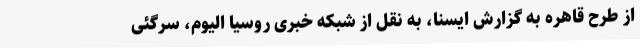
از طرح قاهره به گزارش ایسنا، به نقل از شبکه خبری روسیا الیوم، سرگئی